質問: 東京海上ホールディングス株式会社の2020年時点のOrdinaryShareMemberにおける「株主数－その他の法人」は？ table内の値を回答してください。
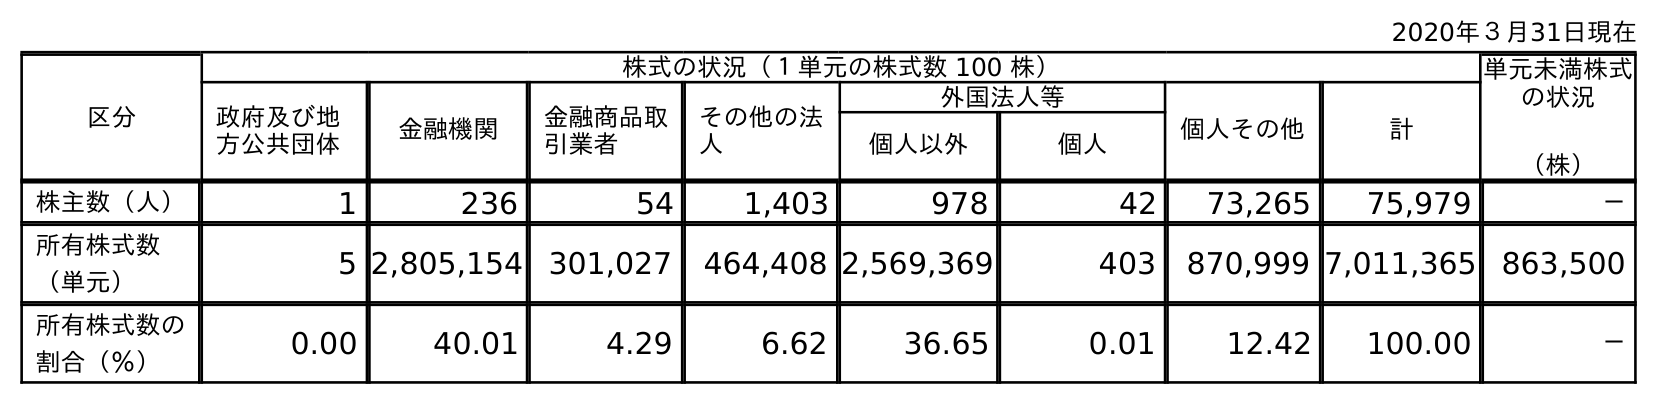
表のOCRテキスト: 2020年３月31日現在 区分 株式の状況（１単元の株式数 100 株） 単元未満株式 の状況 （株） 政府及び地 方公共団体 金融機関 金融商品取 引業者 その他の法 人 外国法人等 個人その他 計 個人以外 個人 株主数（人） 1 236 54 1,403 978 42 73,265 75,979 － 所有株式数 （単元） 5 2,805,154 301,027 464,408 2,569,369 403 870,999 7,011,365 863,500 所有株式数の 割合（％） 0.00 40.01 4.29 6.62 36.65 0.01 12.42 100.00 －
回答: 1,403